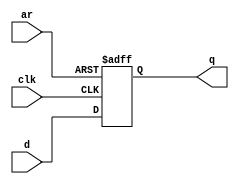
module top_module (
    input clk,
    input d, 
    input ar,   // asynchronous reset
    output q);
    
    always @(posedge clk, posedge ar) begin
        if(ar)  q <= 1'b0;  // async pos reset
        else    q <= d;
    end
endmodule